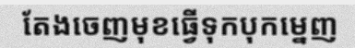
តែងចេញមុខធ្វើទុកបុកម្នេញ